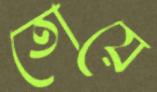
তোয়ে